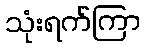
သုံးရက်ကြာ